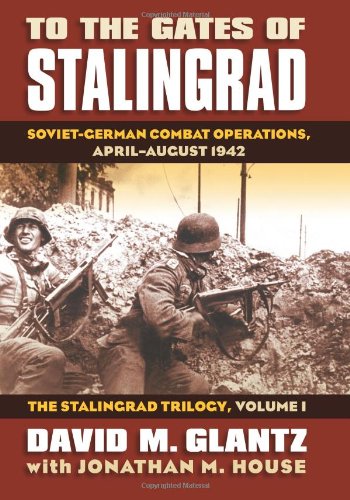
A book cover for To the Gates of Stalingrad: Soviet-German Combat Operations, April-August 1942 (Modern War Studies); David Glantz; History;